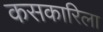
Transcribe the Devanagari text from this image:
कसकारिला